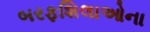
બરફશિલાઓના